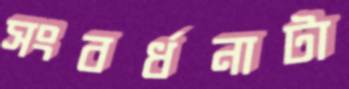
সংবর্ধনাটা